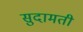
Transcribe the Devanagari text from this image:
सुदामती